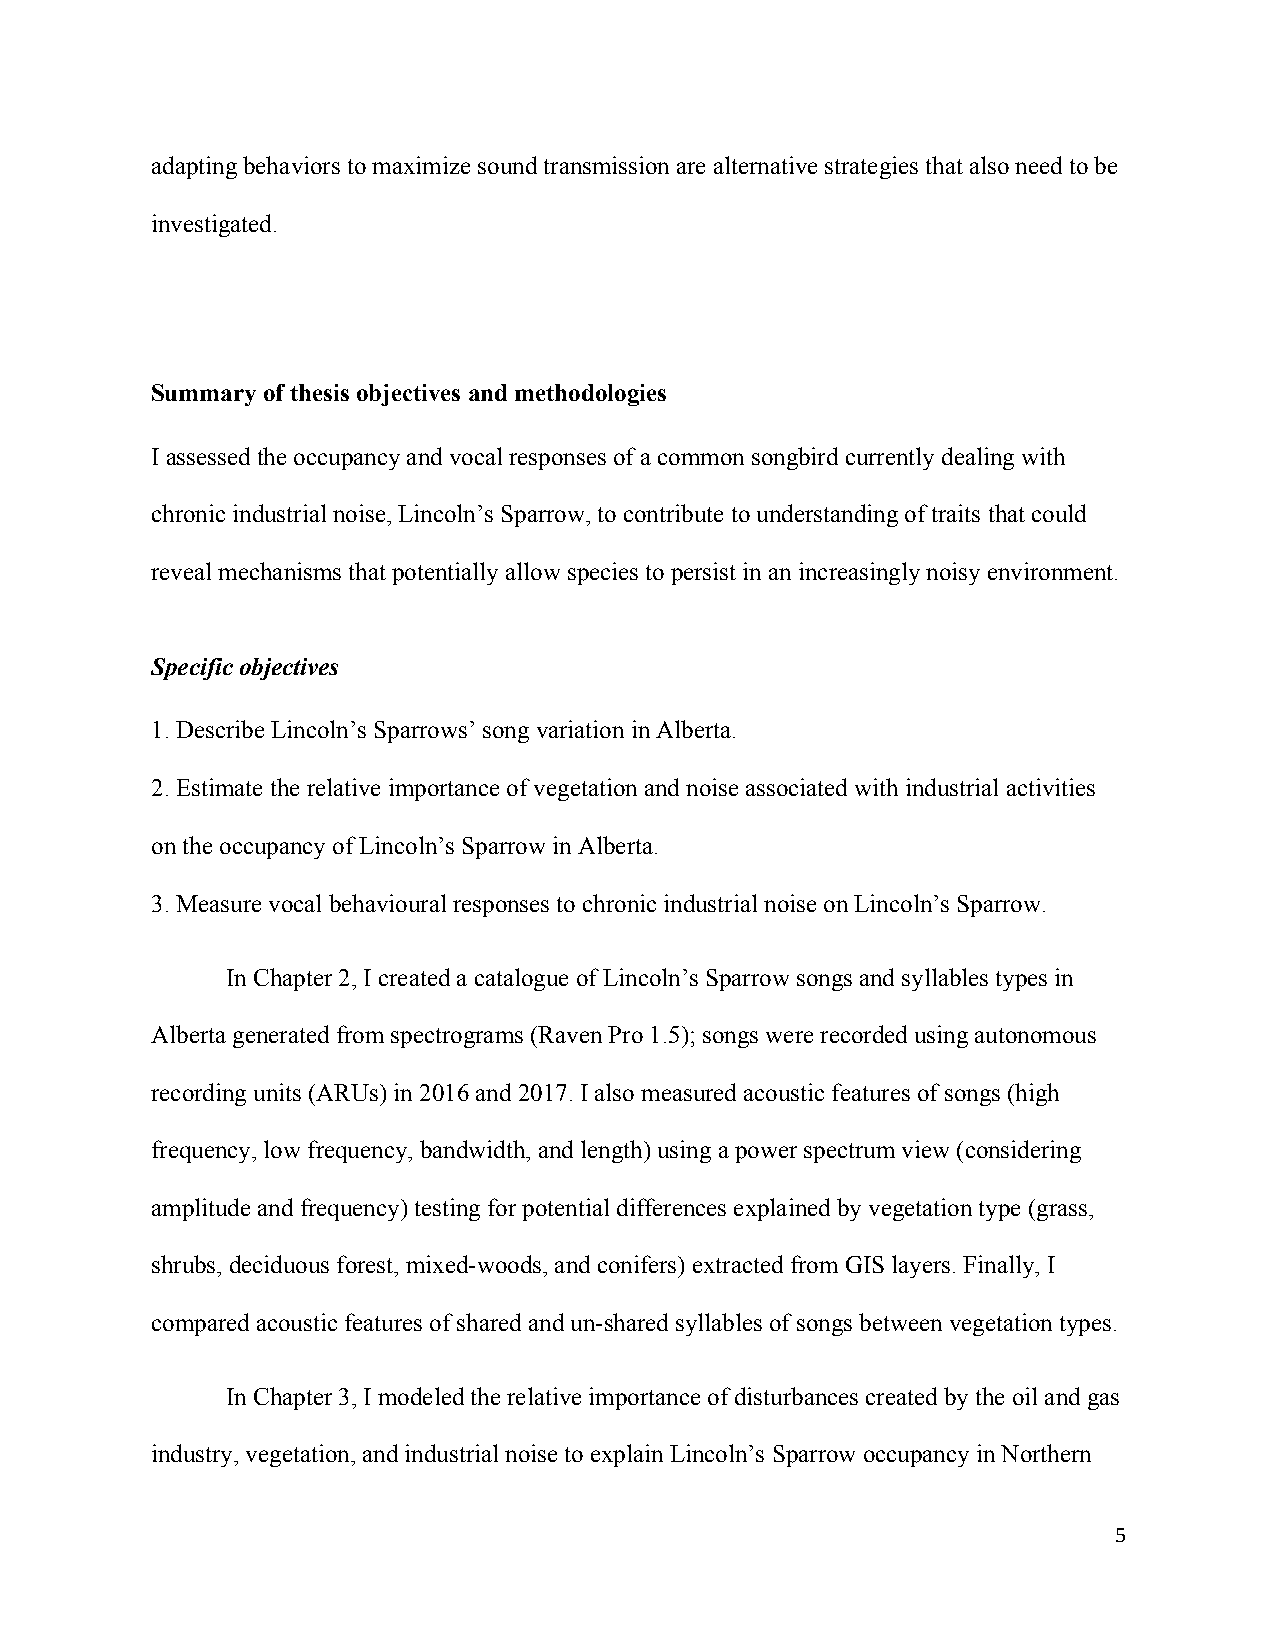
adapting behaviors to maximize sound transmission are alternative strategies that also need to be
 investigated.
 Summary of thesis objectives and methodologies
 I assessed the occupancy and vocal responses of a common songbird currently dealing with
 chronic industrial noise, Lincoln’s Sparrow, to contribute to understanding of traits that could
 reveal mechanisms that potentially allow species to persist in an increasingly noisy environment.
 Specific objectives
 1. Describe Lincoln’s Sparrows’ song variation in Alberta.
 2. Estimate the relative importance of vegetation and noise associated with industrial activities
 on the occupancy of Lincoln’s Sparrow in Alberta.
 3. Measure vocal behavioural responses to chronic industrial noise on Lincoln’s Sparrow.
 In Chapter 2, I created a catalogue of Lincoln’s Sparrow songs and syllables types in
 Alberta generated from spectrograms (Raven Pro 1.5); songs were recorded using autonomous
 recording units (ARUs) in 2016 and 2017. I also measured acoustic features of songs (high
 frequency, low frequency, bandwidth, and length) using a power spectrum view (considering
 amplitude and frequency) testing for potential differences explained by vegetation type (grass,
 shrubs, deciduous forest, mixed-woods, and conifers) extracted from GIS layers. Finally, I
 compared acoustic features of shared and un-shared syllables of songs between vegetation types.
 In Chapter 3, I modeled the relative importance of disturbances created by the oil and gas
 industry, vegetation, and industrial noise to explain Lincoln’s Sparrow occupancy in Northern
 5